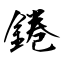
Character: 錈